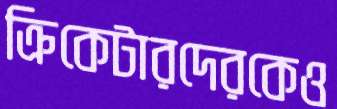
ক্রিকেটারদেরকেও